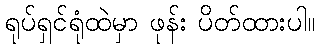
ရုပ်ရှင်ရုံထဲမှာ ဖုန်း ပိတ်ထားပါ။